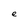
Character: e